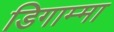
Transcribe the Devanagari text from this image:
डिगाम्मा